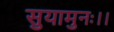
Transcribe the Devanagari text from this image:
सुयामुनः।।